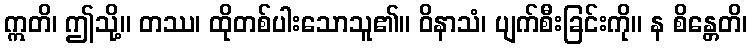
ဣတိ၊ ဤသို့။ တဿ၊ ထိုတစ်ပါးသောသူ၏။ ဝိနာသံ၊ ပျက်စီးခြင်းကို။ န စိန္တေတိ၊